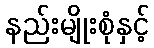
နည်းမျိုးစုံနှင့်